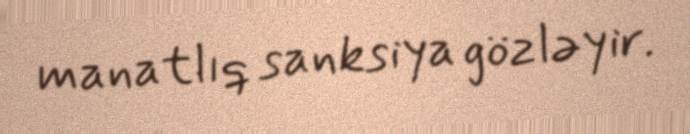
manatlıq sanksiya gözləyir.